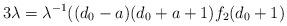
LaTeX: \begin{align*}3\lambda=\lambda^{-1}((d_0-a)(d_0+a+1)f_2(d_0+1)\end{align*}